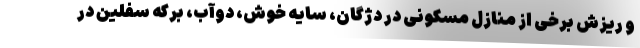
و ریزش برخی از منازل مسکونی در دژگان، سایه خوش، دوآب، برکه سفلین در